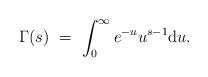
LaTeX: \begin{align*} \Gamma(s)\ =\ \int_0^\infty e^{-u} u^{s-1} {\rm d} u. \end{align*}